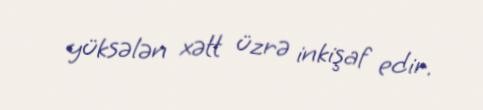
yüksələn xətt üzrə inkişaf edir.